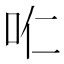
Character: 𱒊